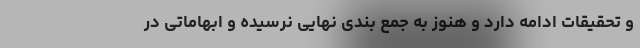
و تحقیقات ادامه دارد و هنوز به جمع بندی نهایی نرسیده و ابهاماتی در